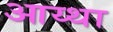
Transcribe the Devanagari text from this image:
आय्था